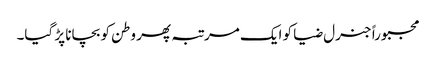
مجبوراً جنرل ضیا کو ایک مرتبہ پھر وطن کو بچانا پڑ گیا۔